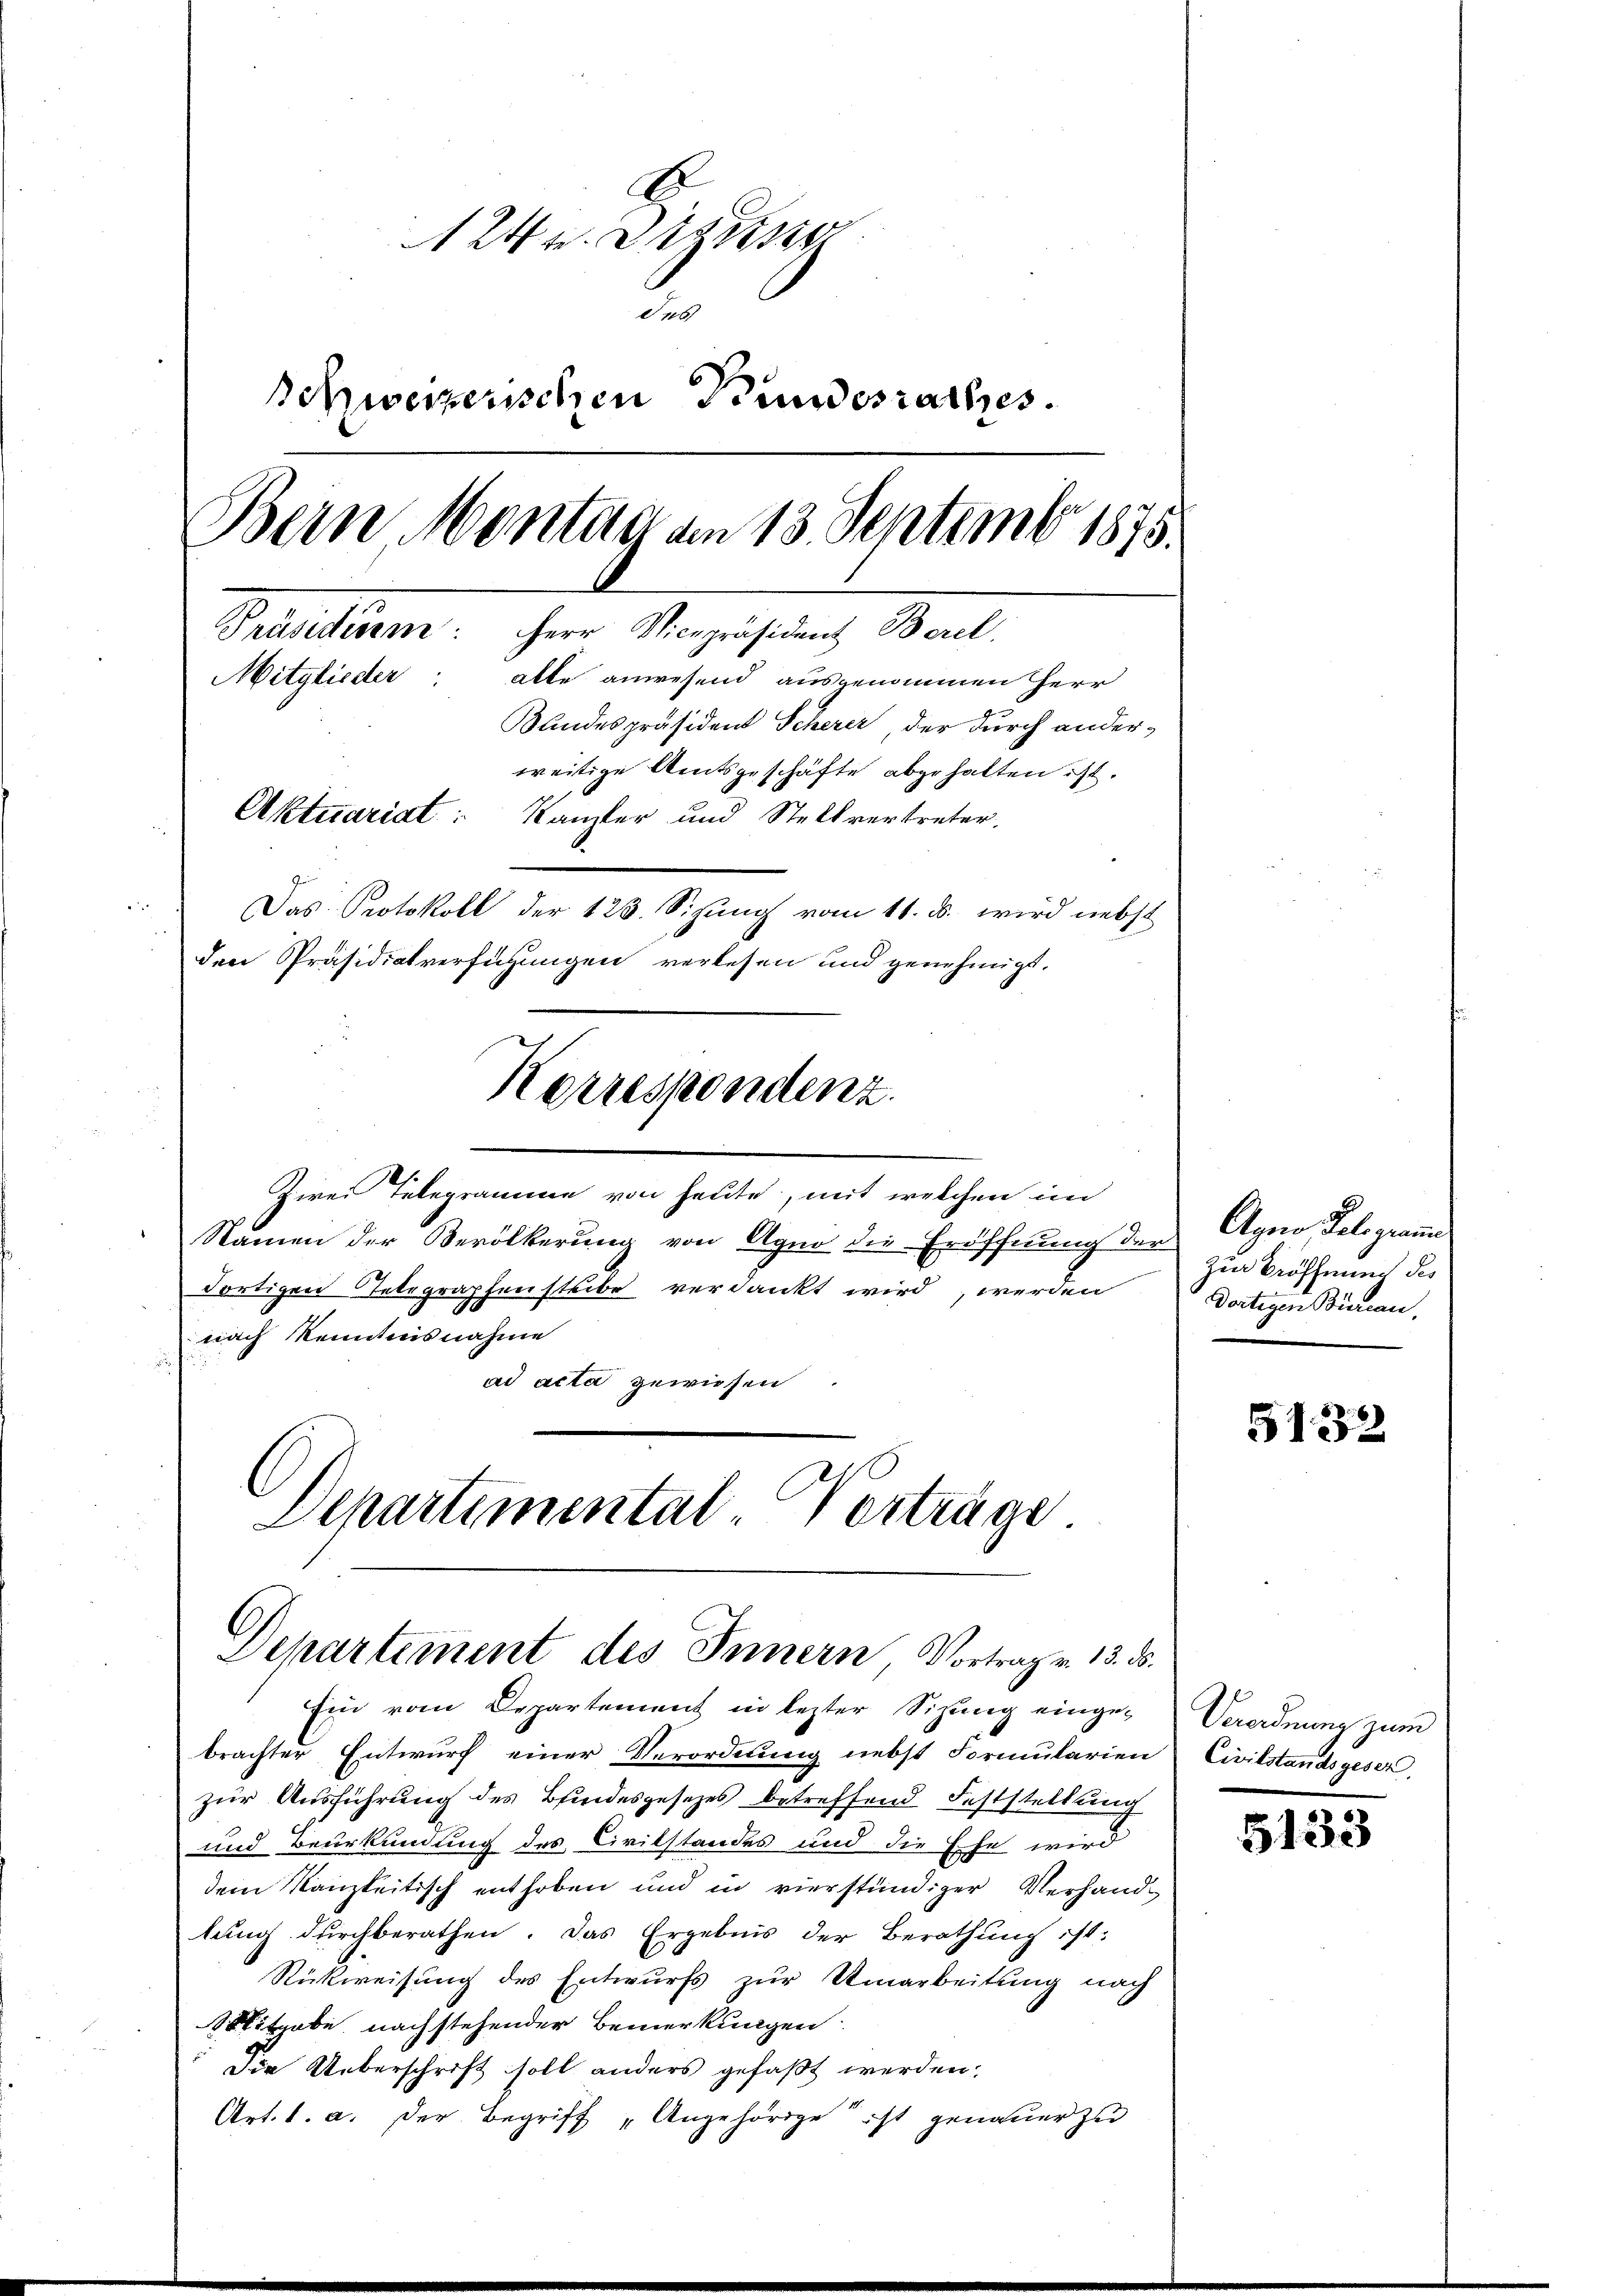
Z
24 v. Diezing
des
Schweizerischen Kundesrathes.
Bein Montag am 13. Septembr 1875.
Präsidiren: Herr Vicepräsident Berel
Mitglieder: alle anwesend ausgenommen Herr
Bandespräsident Scherer der durch anderweitige Amtsgeschäfte abgehalten ist.
Aktuariat Kanzler und Stellvertreter.
Das Protokoll der 123. Sizung vom 11. d. wird nebst
den Präsidialverfügungen verlesen und genehmigt.

Zwei Telegramme von heute, mit welchen im
Namen der Verölkerung von Agno die Eröffnung der Agno Telegramm
Fortigen Telegraphensteibe verdankt wird, werden
nach Kenntnisnahme
¬
ad acta gewiesen
Departimental Vorträge

Korrespondenz.

Departement des Innern Vortrag v. 13. ds.

und Beurkundung des Civilstandes und die Ehe wird
dem Kanzleitisch enthoben und in vierstündiger Verhandlung durchberathen. Das Ergebnis der Berathung ist:
Rückweisung des Entwurfs zur Umarbeitung nach
itabe nachstehender Bemerkungen:
Die Ueberschrift soll anders gefaßt werden.
Art. 1. a. Der Begriff „Angehörige ist genauer zu

Ein vom Departement in lezter Sizung einge-Verordnung zum
brachter Entwurf einer Verordnung nebst Formularien
zur Ausführung des Bundesgesetzes betreffend Feststellung

Zur Eröffnung des
Dortigen Büren.

5132

Civilstandsgeser

5133